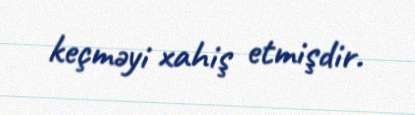
keçməyi xahiş etmişdir.